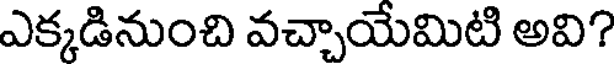
ఎక్కడినుంచి వచ్చాయేమిటి అవి?